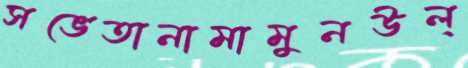
সভেতানামামুনউল্